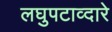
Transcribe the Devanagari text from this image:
लघुपटाव्दारे